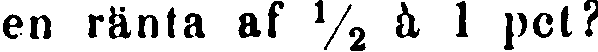
en ränta af ½ à 1 pet?